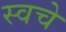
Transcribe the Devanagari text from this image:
स्वचे